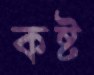
কষ্ট